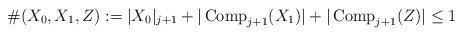
LaTeX: \begin{align*}\# (X_0, X_1, Z) := |X_0|_{j+1} + |\operatorname{Comp}_{j+1} (X_1)| + |\operatorname{Comp}_{j+1} (Z)| \leq 1\end{align*}